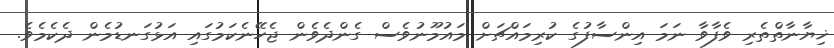
ޚިޔާނާތްތެރި ވެފާވާ ނަމަ އިންސާފުގެ ކުރިމައްޗަށް މައުމޫނުވެސް ގެންދެވެން ޖެހޭނެކަމުގައި އަޅުގަނޑުމެން ދެކެމެވެ.